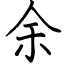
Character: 余